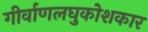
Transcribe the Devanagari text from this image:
गीर्वाणलघुकोशकार